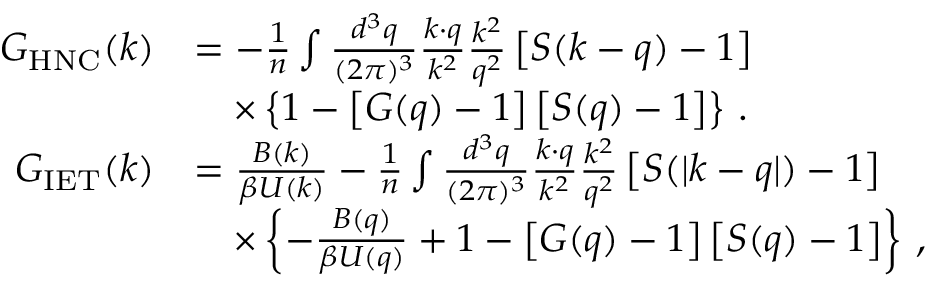
\begin{array} { r l } { G _ { \mathrm { H N C } } ( \boldsymbol { k } ) } & { = - \frac { 1 } { n } \int \frac { d ^ { 3 } q } { ( 2 \pi ) ^ { 3 } } \frac { \boldsymbol { k } \cdot \boldsymbol { q } } { k ^ { 2 } } \frac { k ^ { 2 } } { q ^ { 2 } } \left[ S ( \boldsymbol { k } - \boldsymbol { q } ) - 1 \right] } \\ & { \quad \times \left\{ 1 - \left[ { G } ( \boldsymbol { q } ) - 1 \right] \left[ S ( \boldsymbol { q } ) - 1 \right] \right\} \, . } \\ { G _ { \mathrm { I E T } } ( \boldsymbol { k } ) } & { = \frac { { B } ( \boldsymbol { k } ) } { \beta { U } ( \boldsymbol { k } ) } - \frac { 1 } { n } \int \frac { d ^ { 3 } q } { ( 2 \pi ) ^ { 3 } } \frac { \boldsymbol { k } \cdot \boldsymbol { q } } { k ^ { 2 } } \frac { k ^ { 2 } } { q ^ { 2 } } \left[ S ( | \boldsymbol { k } - \boldsymbol { q } | ) - 1 \right] } \\ & { \quad \times \left\{ - \frac { B ( \boldsymbol { q } ) } { \beta { U } ( \boldsymbol { q } ) } + 1 - \left[ G ( \boldsymbol { q } ) - 1 \right] \left[ S ( \boldsymbol { q } ) - 1 \right] \right\} \, , } \end{array}